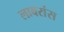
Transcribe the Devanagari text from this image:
लावरांस